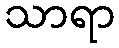
သာရာ